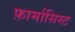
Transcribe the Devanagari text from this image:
फ़ार्मासिस्ट